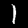
Label: 1